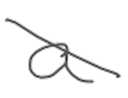
Text: a
Cross-out: diagonal
Writing tool: digital_gray